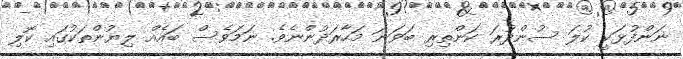
ނަންފުޅަކީ ކުލަ ސުންދުރަ ކަންތިރި ބަވަނަ މަހާރަދުންނެވެ. ނަމަވެސް ބައެއް ލިޔުންތަކުގައި ކޮލި